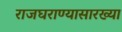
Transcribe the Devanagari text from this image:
राजघराण्यासारख्या